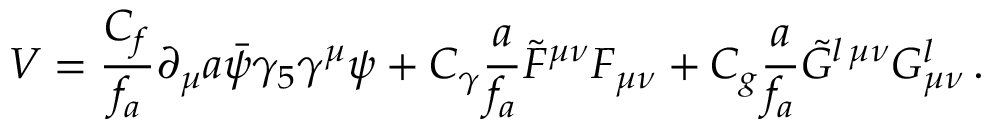
V = \frac { C _ { f } } { f _ { a } } \partial _ { \mu } a \bar { \psi } \gamma _ { 5 } \gamma ^ { \mu } \psi + C _ { \gamma } \frac { a } { f _ { a } } \tilde { F } ^ { \mu \nu } F _ { \mu \nu } + C _ { g } \frac { a } { f _ { a } } \tilde { G } ^ { l \, \mu \nu } G _ { \mu \nu } ^ { l } \, .